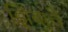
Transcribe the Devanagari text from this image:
झिबांचे